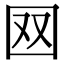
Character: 𡇄